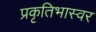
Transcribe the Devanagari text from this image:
प्रकृतिभास्वर